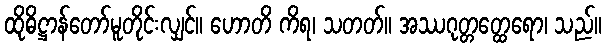
ထိုဓိဋ္ဌာန်တော်မူတိုင်းလျှင်။ ဟောတိ ကိရ၊ သတတ်။ အဿဂုတ္တတ္ထေရော၊ သည်။